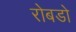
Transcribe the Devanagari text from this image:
रोबडो